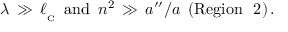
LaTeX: \lambda \, \gg \, \ell _ { _ \mathrm { C } } \, \, \, { \mathrm { a n d } } \, \, \, n ^ { 2 } \, \gg \, a ^ { \prime \prime } / a \, \, \, ( \mathrm { { R e g i o n \ \ 2 } } ) \, .